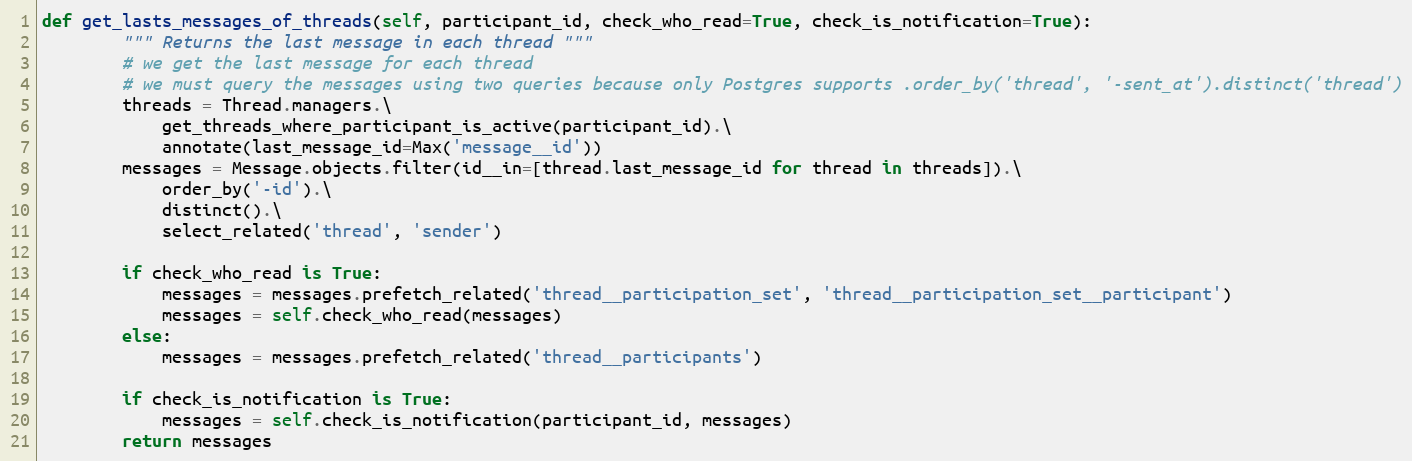
Language: Python
def get_lasts_messages_of_threads(self, participant_id, check_who_read=True, check_is_notification=True):
        """ Returns the last message in each thread """
        # we get the last message for each thread
        # we must query the messages using two queries because only Postgres supports .order_by('thread', '-sent_at').distinct('thread')
        threads = Thread.managers.\
            get_threads_where_participant_is_active(participant_id).\
            annotate(last_message_id=Max('message__id'))
        messages = Message.objects.filter(id__in=[thread.last_message_id for thread in threads]).\
            order_by('-id').\
            distinct().\
            select_related('thread', 'sender')

        if check_who_read is True:
            messages = messages.prefetch_related('thread__participation_set', 'thread__participation_set__participant')
            messages = self.check_who_read(messages)
        else:
            messages = messages.prefetch_related('thread__participants')

        if check_is_notification is True:
            messages = self.check_is_notification(participant_id, messages)
        return messages